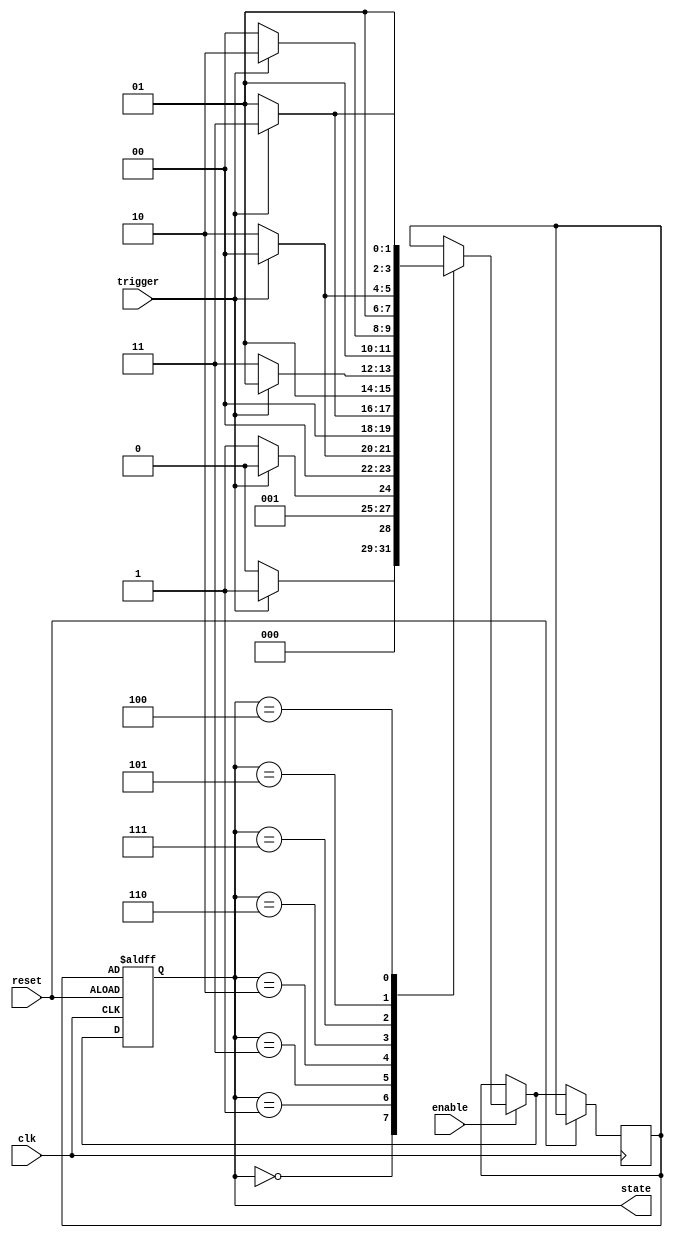
module Gray_Code_State_Machine (
    input wire clk,
    input wire reset,
    input wire enable,
    input wire trigger,
    output reg [3:0] state   // Assume a 4-bit Gray Code State Encoding
);

// Define state encoding values
parameter S0 = 4'b0000;  // Define initial state
parameter S1 = 4'b0001;
parameter S2 = 4'b0011;
parameter S3 = 4'b0010;
parameter S4 = 4'b0110;
parameter S5 = 4'b0111;
parameter S6 = 4'b0101;
parameter S7 = 4'b0100;

// Define state register
reg [3:0] next_state;

always @(posedge clk or posedge reset) begin
    if (reset) begin
        state <= S0;  // Initialize state to S0
    end
    else if (enable) begin
        case(state)
            S0: begin
                if (trigger)
                    next_state = S1;
                else
                    next_state = S0;
            end
            S1: begin
                if (trigger)
                    next_state = S3;
                else
                    next_state = S2;
            end
            S2: begin
                if (trigger)
                    next_state = S0;
                else
                    next_state = S3;
            end
            S3: begin
                if (trigger)
                    next_state = S2;
                else
                    next_state = S1;
            end
            S4: begin
                if (trigger)
                    next_state = S6;
                else
                    next_state = S5;
            end
            S5: begin
                if (trigger)
                    next_state = S4;
                else
                    next_state = S7;
            end
            S6: begin
                if (trigger)
                    next_state = S7;
                else
                    next_state = S4;
            end
                 S7: begin
                if (trigger)
                    next_state = S5;
                else
                    next_state = S6;
            end
        endcase
    end
    
    state <= next_state;
end

endmodule